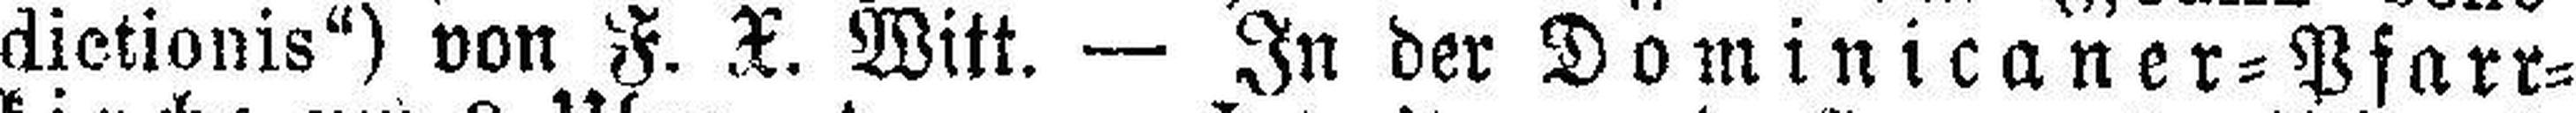
dictionis“) von F. X. Witt. — In der Dominicaner=Pfarr¬